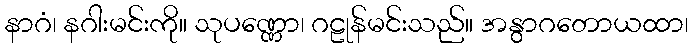
နာဂံ၊ နဂါးမင်းကို။ သုပဏ္ဏော၊ ဂဠုန်မင်းသည်။ အနွာဂတောယထာ၊